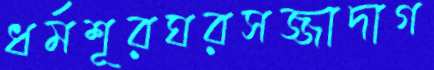
ধর্মশূরঘরসজ্জাদাগ